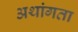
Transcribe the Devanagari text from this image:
अथांगता